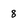
Character: 8